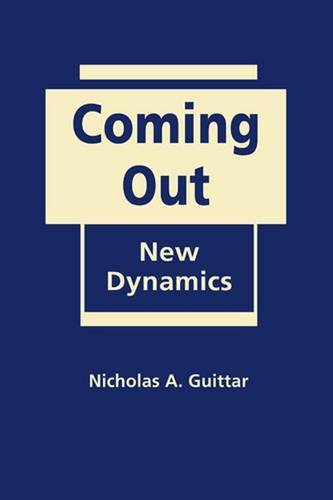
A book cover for Coming Out: The New Dynamics; Nicholas A. Guittar; Gay & Lesbian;